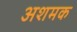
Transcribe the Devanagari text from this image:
अशमक